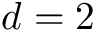
d = 2